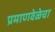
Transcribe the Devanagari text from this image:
प्रमाणवेळेचा